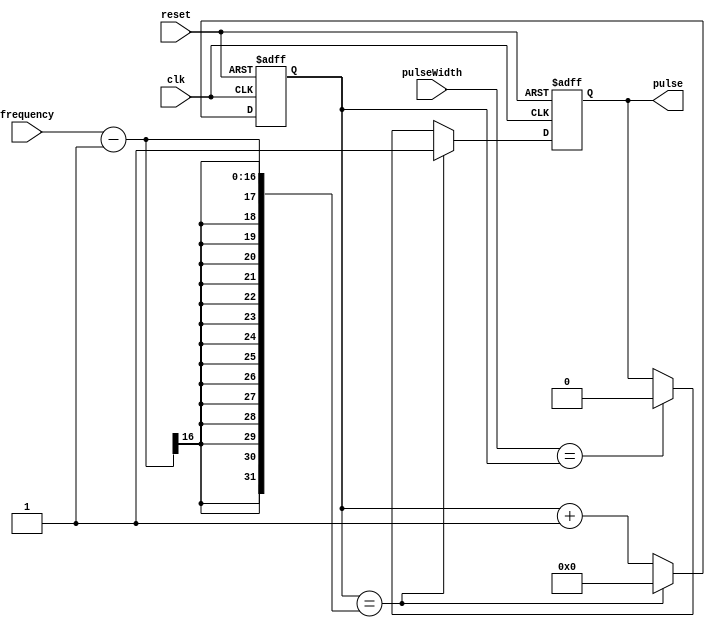
module SimplePulseGenerator (
    input wire clk,
    input wire reset,
    input wire [7:0] pulseWidth,
    input wire [15:0] frequency,
    output reg pulse
);

reg [15:0] counter;

always @(posedge clk or posedge reset) begin
    if (reset) begin
        pulse <= 0;
        counter <= 0;
    end else begin
        if (counter == frequency - 1) begin
            pulse <= 1;
            counter <= 0;
        end else begin
            if (pulseWidth == counter) begin
                pulse <= 0;
            end
            counter <= counter + 1;
        end
    end
end

endmodule